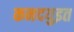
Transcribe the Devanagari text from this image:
कनदयुइत